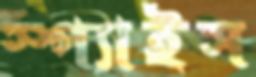
স্প্যাইস